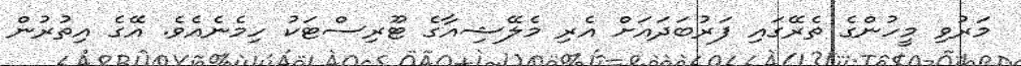
މަރުވި މީހުންގެ ތެރޭގައި ފަރުބަދައަށް އެރި މެލޭޝިއާގެ ޓޫރިސްޓަކު ހިމެނެއެވެ. އޭގެ އިތުރުން